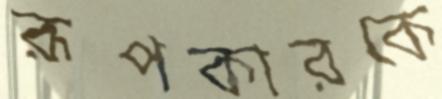
রূপকারকে